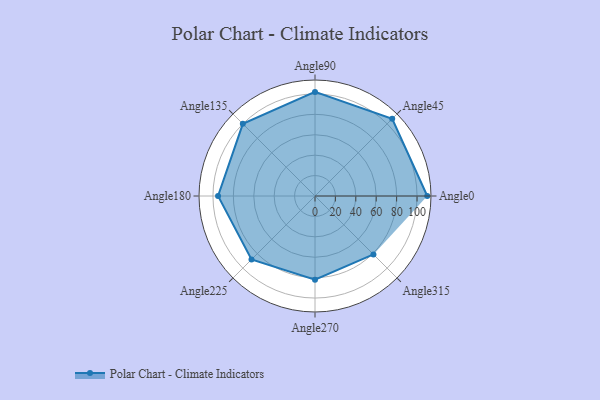
{"axis": {"x": "Angle", "y": "Radius"}, "legend": [""], "data": [{"x": "Angle0", "y": 110.0, "type": ""}, {"x": "Angle45", "y": 107.0, "type": ""}, {"x": "Angle90", "y": 102.0, "type": ""}, {"x": "Angle135", "y": 100.0, "type": ""}, {"x": "Angle180", "y": 95.0, "type": ""}, {"x": "Angle225", "y": 88.0, "type": ""}, {"x": "Angle270", "y": 82.0, "type": ""}, {"x": "Angle315", "y": 81.0, "type": ""}]}